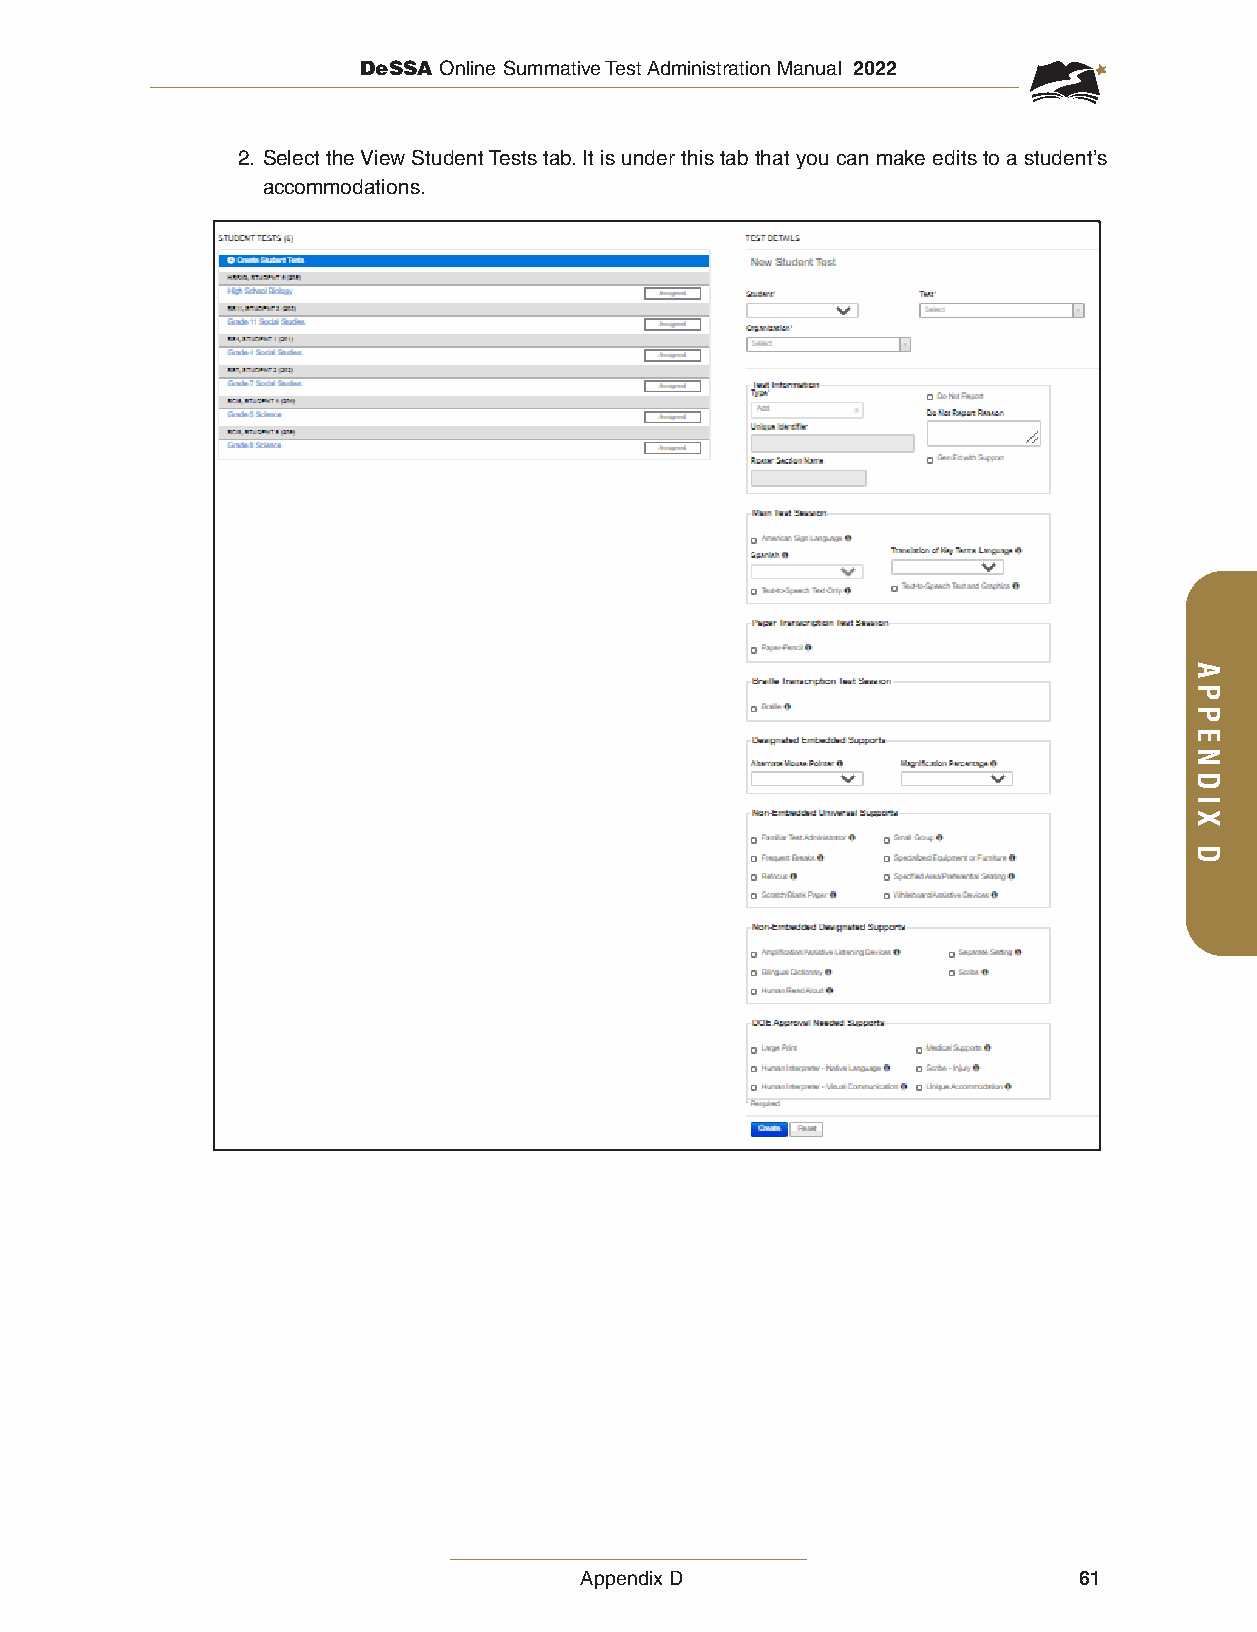
DeSSA Online Summative Test Administration Manual 2022
 2. Select the View Student Tests tab. It is under this tab that you can make edits to a student’s
 accommodations.
 Appendix D                       61
 APPENDIX
 D